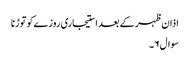
اذان ظہر کے بعد استیجاری روزےکو توڑنا
سوال۶۔